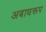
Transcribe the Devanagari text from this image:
अबाधरूप